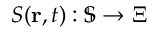
S ( \mathbf { r } , t ) : \mathbb { S } \rightarrow \Xi